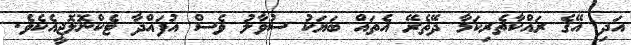
އަދި އޭގެ ރައްކާތެރިކަމާ ދޭތެރޭ އެތައް ބަޔަކު ސުވާލު ވެސް އުފައްދާ ޓެކްނޮލޮޖީއެކެވެ.